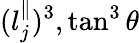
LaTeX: (l_{j}^{\parallel})^{3},\tan^{3}{\theta}